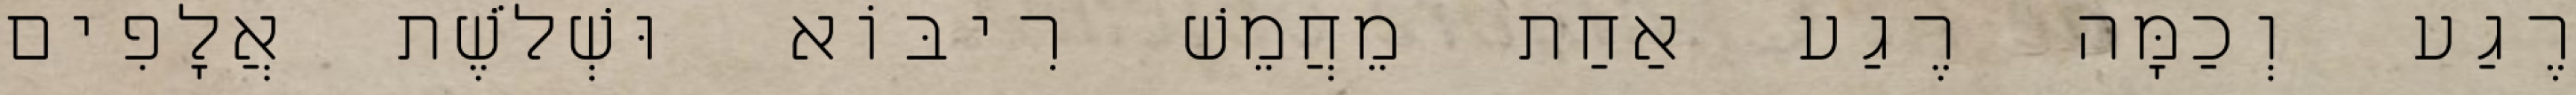
רֶגַע וְכַמָּה רֶגַע אַחַת מֵחֲמֵשׁ רִיבּוֹא וּשְׁלֹשֶׁת אֲלָפִים